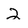
Character: 2